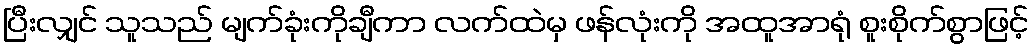
ပြီးလျှင် သူသည် မျက်ခုံးကိုချီကာ လက်ထဲမှ ဖန်လုံးကို အထူအာရုံ စူးစိုက်စွာဖြင့်